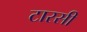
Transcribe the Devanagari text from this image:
टारसी